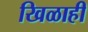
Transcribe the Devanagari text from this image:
खिळाही